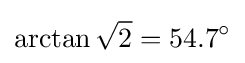
\arctan {\sqrt {2}}=54.7^{\circ }